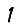
Digit: 1